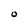
Character: O